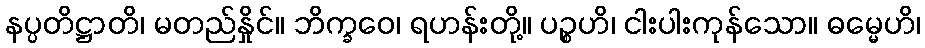
နပ္ပတိဋ္ဌာတိ၊ မတည်နှိုင်။ ဘိက္ခဝေ၊ ရဟန်းတို့။ ပဉ္စဟိ၊ ငါးပါးကုန်သော။ ဓမ္မေဟိ၊